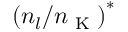
\left( n _ { l } / n \textsubscript { K } \right) ^ { * }